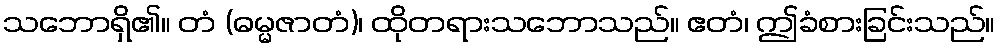
သဘောရှိ၏။ တံ (ဓမ္မဇာတံ)၊ ထိုတရားသဘောသည်။ ဧတံ၊ ဤခံစားခြင်းသည်။